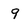
Character: 9